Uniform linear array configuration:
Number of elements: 4
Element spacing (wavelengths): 0.25
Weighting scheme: binomial
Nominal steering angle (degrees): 60
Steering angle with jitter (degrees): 59.837
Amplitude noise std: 0.05
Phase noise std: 0.05

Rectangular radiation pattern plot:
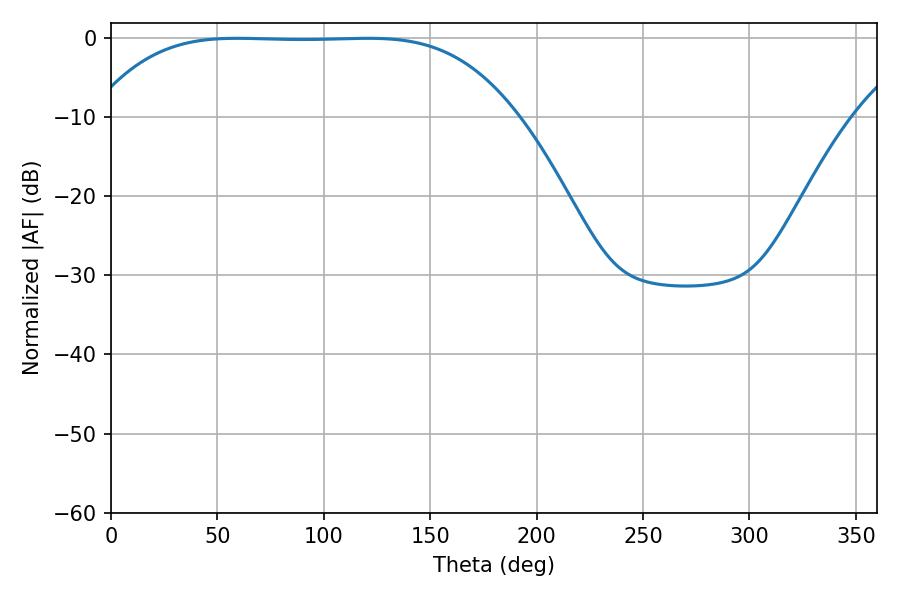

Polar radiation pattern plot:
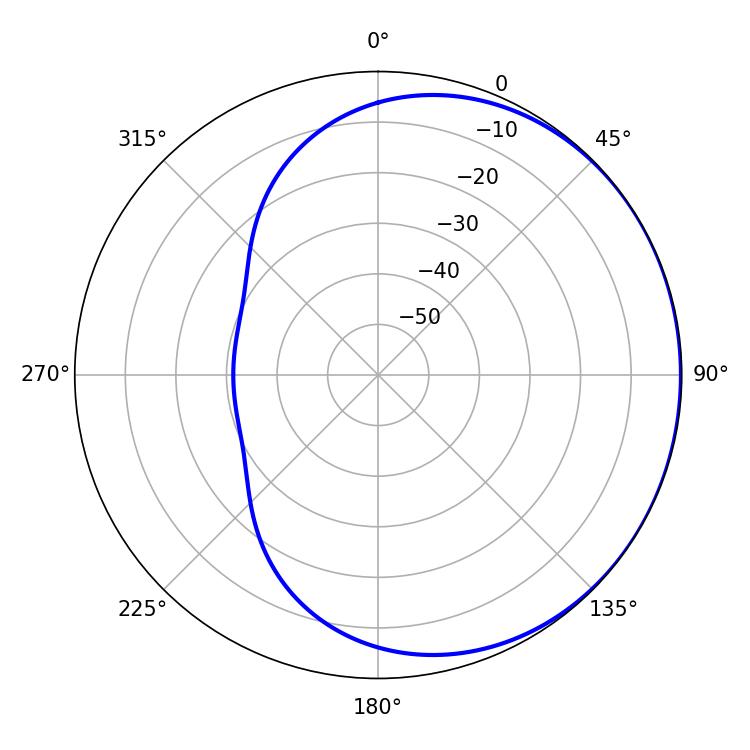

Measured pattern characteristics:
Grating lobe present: FALSE
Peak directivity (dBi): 0.4196
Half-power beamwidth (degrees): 151.2
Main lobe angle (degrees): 59.4